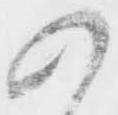
の